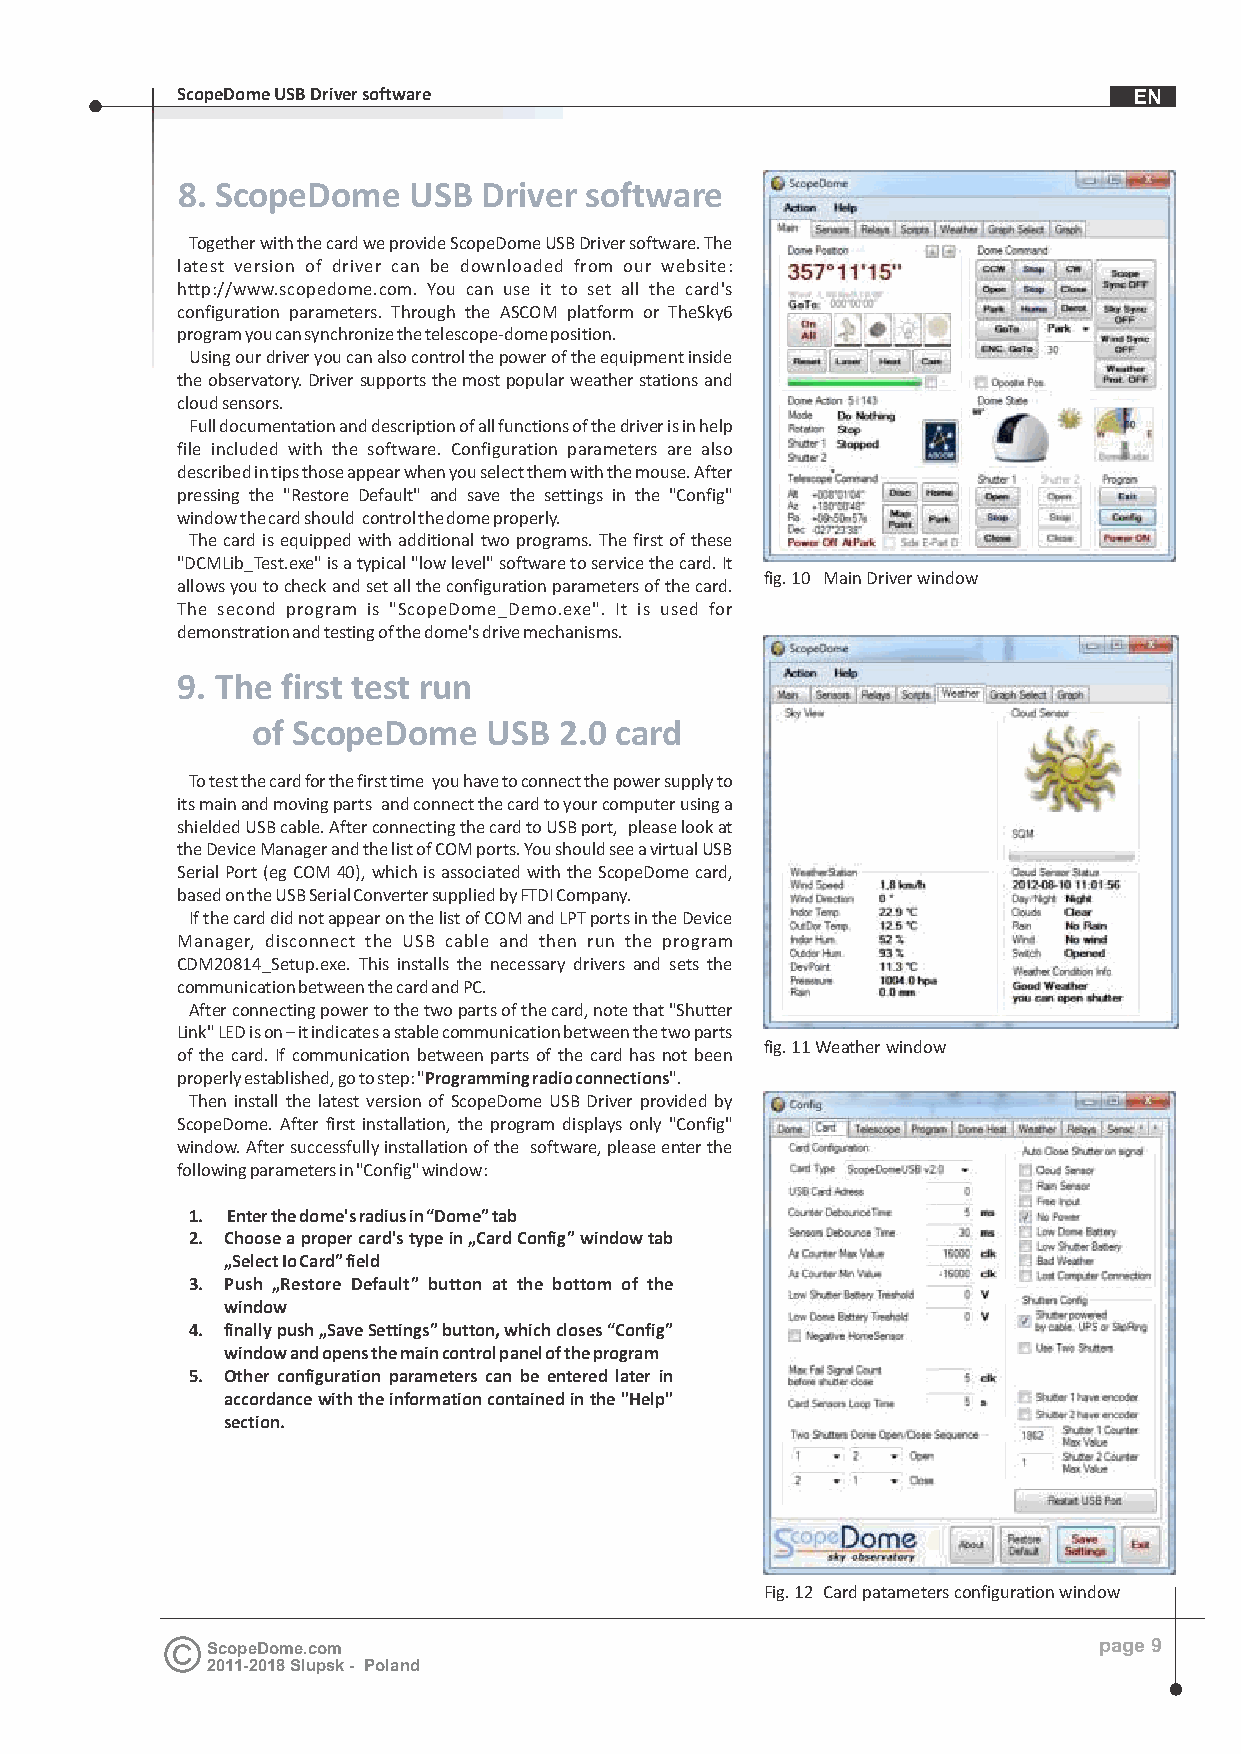
ScopeDome USB Driver software                                  EN
 8. ScopeDome   USB  Driver software
 Together with the card we provide ScopeDome USB Driver software. The
 latest version of driver can be downloaded from our website:
 http://www.scopedome.com. You can use it to set all the card's
 configuration parameters. Through the ASCOM platform or TheSky6
 program you can synchronize the telescope-dome position.
 Using our driver you can also control the power of the equipment inside
 the observatory. Driver supports the most popular weather stations and
 cloud sensors.
 Full documentation and description of all functions of the driver is in help
 file included with the software. Configuration parameters are also
 described in tips those appear when you select them with the mouse. After
 pressing the "Restore Default" and save the settings in the "Config"
 window the card should control the dome properly.
 The card is equipped with additional two programs. The first of these
 "DCMLib_Test.exe" is a typical "low level" software to service the card. It
 fig. 10 Main Driver window
 allows you to check and set all the configuration parameters of the card.
 The second program is "ScopeDome_Demo.exe". It is used for
 demonstration and testing of the dome's drive mechanisms.
 9. The first test run
 of ScopeDome   USB  2.0 card
 To test the card for the first time you have to connect the power supply to
 its main and moving parts and connect the card to your computer using a
 shielded USB cable. After connecting the card to USB port, please look at
 the Device Manager and the list of COM ports. You should see a virtual USB
 Serial Port (eg COM 40), which is associated with the ScopeDome card,
 based on the USB Serial Converter supplied by FTDI Company.
 If the card did not appear on the list of COM and LPT ports in the Device
 Manager, disconnect the USB cable and then run the program
 CDM20814_Setup.exe. This installs the necessary drivers and sets the
 communication between the card and PC.
 After connecting power to the two parts of the card, note that "Shutter
 Link" LED is on – it indicates a stable communication between the two parts
 fig. 11 Weather window
 of the card. If communication between parts of the card has not been
 properly established, go to step: "Programming radio connections".
 Then install the latest version of ScopeDome USB Driver provided by
 ScopeDome. After first installation, the program displays only "Config"
 window. After successfully installation of the software, please enter the
 following parameters in "Config" window:
 1. Enter the dome's radius in “Dome” tab
 2. Choose a proper card's type in „Card Config” window tab
 „Select Io Card” field
 3. Push „Restore Default” button at the bottom of the
 window
 4. finally push „Save Settings” button, which closes “Config”
 window and opens the main control panel of the program
 5. Other configuration parameters can be entered later in
 accordance with the information contained in the "Help"
 section.
 Fig. 12 Card patameters configuration window
 ScopeDome.com                                              page 9
 2011-2018 Slupsk - Poland